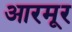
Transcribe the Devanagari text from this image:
आरमूर